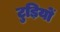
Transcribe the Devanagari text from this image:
टुड़ियों